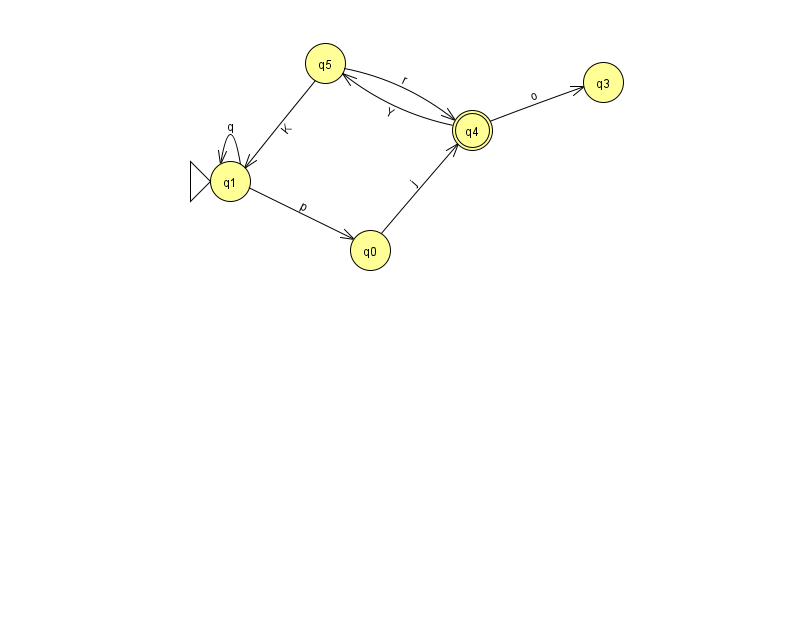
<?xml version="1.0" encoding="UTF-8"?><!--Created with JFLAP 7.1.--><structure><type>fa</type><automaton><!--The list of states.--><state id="0" name="q0"><x>370.0</x><y>237.0</y></state><state id="1" name="q1"><x>230.0</x><y>168.0</y><initial/></state><state id="3" name="q3"><x>603.0</x><y>69.0</y></state><state id="4" name="q4"><x>472.0</x><y>117.0</y><final/></state><state id="5" name="q5"><x>325.0</x><y>50.0</y></state><!--The list of transitions.--><transition><from>1</from><to>1</to><read>q</read></transition><transition><from>5</from><to>1</to><read>K</read></transition><transition><from>4</from><to>5</to><read>Y</read></transition><transition><from>1</from><to>0</to><read>p</read></transition><transition><from>5</from><to>4</to><read>r</read></transition><transition><from>4</from><to>3</to><read>o</read></transition><transition><from>0</from><to>4</to><read>j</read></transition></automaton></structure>